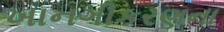
ખાનગીકરણના